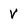
Character: V